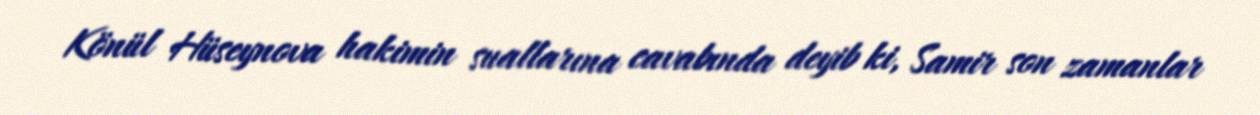
Könül Hüseynova hakimin suallarına cavabında deyib ki, Samir son zamanlar